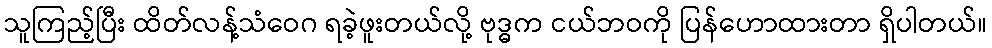
သူကြည့်ပြီး ထိတ်လန့်သံဝေဂ ရခဲ့ဖူးတယ်လို့ ဗုဒ္ဓက ငယ်ဘဝကို ပြန်ဟောထားတာ ရှိပါတယ်။